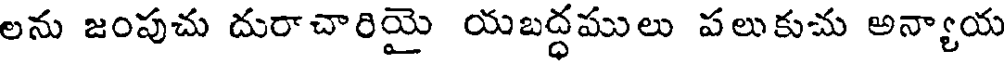
లను జంపుచు దురాచారియై యబద్ధములు పలుకుచు అన్యాయ